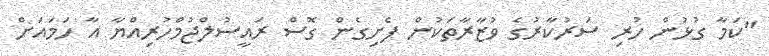
"ކަމާ ގުޅުން ހުރި ސަރުކާރުގެ ވުޒާރާތަކުން ފެށިގެން ގޮސް ރައީސުލްޖުމްހުރިއްޔާ އާ ހަމައަށް